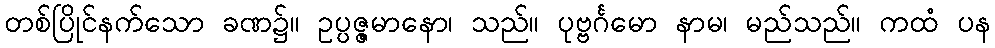
တစ်ပြိုင်နက်သော ခဏ၌။ ဥပ္ပဇ္ဇမာနော၊ သည်။ ပုဗ္ဗင်္ဂမော နာမ၊ မည်သည်။ ကထံ ပန